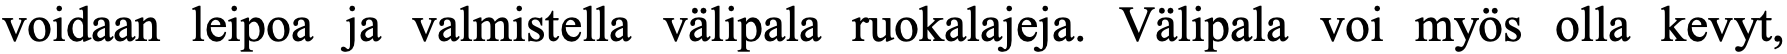
voidaan leipoa ja valmistella välipala ruokalajeja. Välipala voi myös olla kevyt,